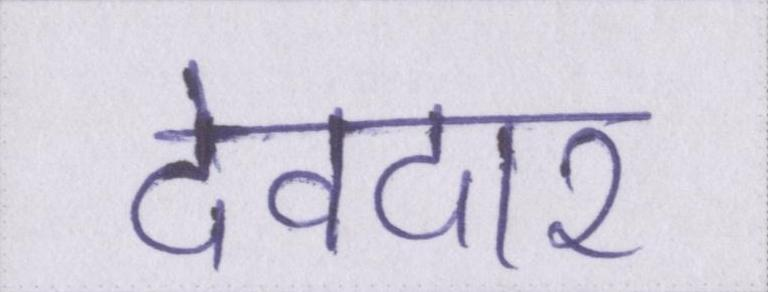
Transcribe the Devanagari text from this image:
देवदार